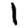
Digit: 1